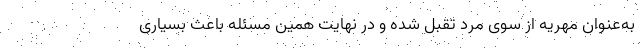
به‌عنوان مهریه از سوی مرد تقبل شده و در نهایت همین مسئله باعث بسیاری